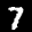
Label: 7